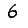
Digit: 6